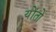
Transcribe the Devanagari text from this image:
योंतो